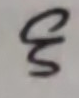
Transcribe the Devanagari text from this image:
छ